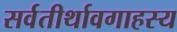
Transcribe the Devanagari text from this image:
सर्वतीर्थावगाहस्य